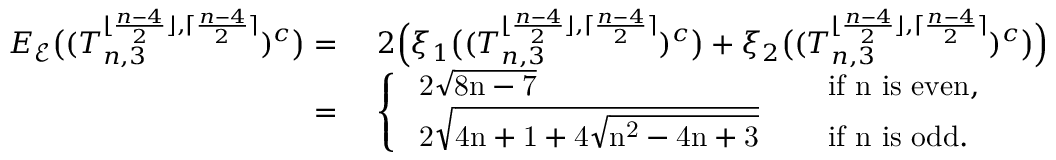
\begin{array} { r l } { E _ { \mathcal { E } } \big ( ( T _ { n , 3 } ^ { \lfloor \frac { n - 4 } { 2 } \rfloor , \lceil \frac { n - 4 } { 2 } \rceil } ) ^ { c } \big ) = } & { ~ 2 \Big ( \xi _ { 1 } \big ( ( T _ { n , 3 } ^ { \lfloor \frac { n - 4 } { 2 } \rfloor , \lceil \frac { n - 4 } { 2 } \rceil } ) ^ { c } \big ) + \xi _ { 2 } \big ( ( T _ { n , 3 } ^ { \lfloor \frac { n - 4 } { 2 } \rfloor , \lceil \frac { n - 4 } { 2 } \rceil } ) ^ { c } \big ) \Big ) } \\ { = } & { ~ \left\{ \begin{array} { l l } { \mathrm { ~ 2 \sqrt { 8 n - 7 } ~ } } & { \quad \mathrm { i f ~ n ~ i s ~ e v e n , } } \\ { \mathrm { ~ 2 \sqrt { 4 n + 1 + 4 \sqrt { n ^ 2 - 4 n + 3 } } ~ } } & { \quad \mathrm { i f ~ n ~ i s ~ o d d . } } \end{array} \right. } \end{array}